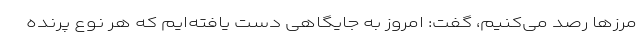
مرزها رصد می‌کنیم، گفت: امروز به جایگاهی دست یافته‌ایم که هر نوع پرنده